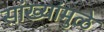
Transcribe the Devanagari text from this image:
सांख्यांमुळे